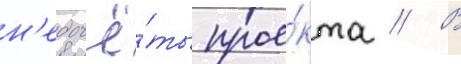
н'едочё́ты прое́кта // В